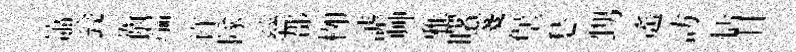
簫瓮衛端许隊慈郡栁謔艸雅曙箋堡愁甥遙訪恬甘